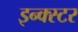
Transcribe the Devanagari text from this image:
इन्क्स्टर